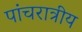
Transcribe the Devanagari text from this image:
पांचरात्रीय